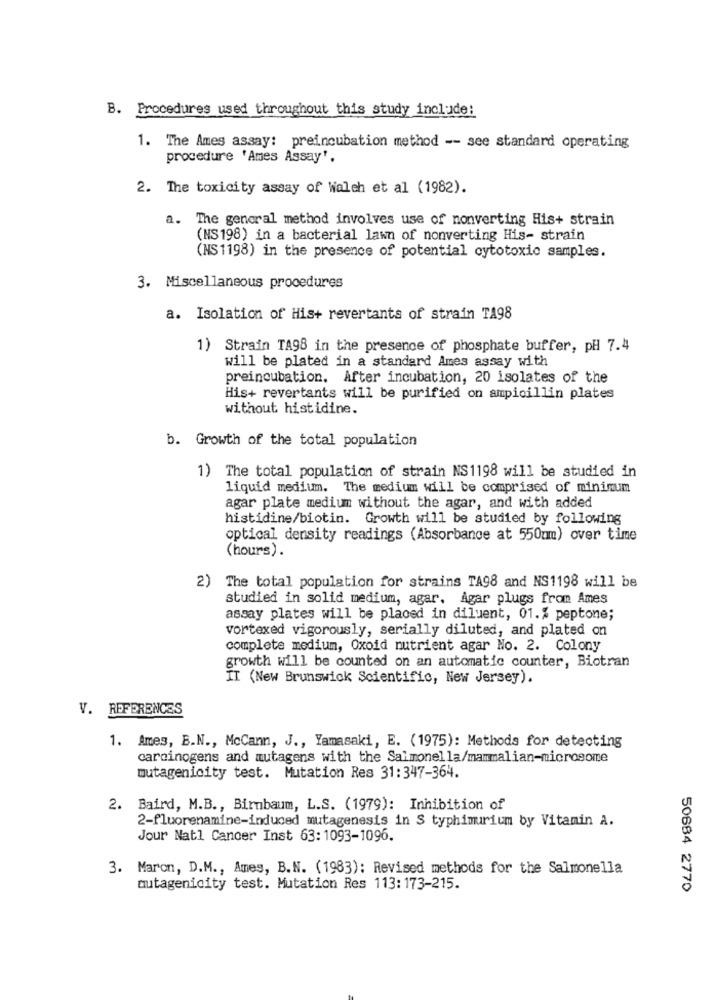
B. Procedures used throughout this study include:
1. The Ames assay: preincubation method -- see standard operating
procedure 'Ames Assay'.
2. The toxicity assay of Waleh et al (1982).
a. The general method involves use of nonverting His+ strain
(NS198) in a bacterial lawn of nonverting His- strain
(NS1198) in the presence of potential cytotoxic samples.
3. Miscellaneous procedures
a. Isolation of His+ revertants of strain TA98
1) Strain TA98 in the presence of phosphate buffer, pH 7.4
will be plated in a standard Ames assay with
preincubation. After incubation, 20 isolates of the
His+ revertants will be purified on ampicillin plates
without histidine.
b. Growth of the total population
1) The total population of strain NS1198 will be studied in
liquid medium. The medium will be comprised of minimum
agar plate medium without the agar, and with added
histidine/biotin. Growth will be studied by following
optical density readings (Absorbance at 550mm) over time
(hours) .
2) The total population for strains TA98 and NS1198 will be
studied in solid medium, agar. Agar plugs from Ames
assay plates will be placed in diluent, 01.% peptone;
vortexed vigorously, serially diluted, and plated on
complete medium, Oxoid nutrient agar No. 2. Colony
growth will be counted on an automatic counter, Biotran
II (New Brunswick Scientific, New Jersey).
V. REFERENCES
1. Ames, B.N ., McCann, J ., Yamasaki, E. (1975): Methods for detecting
carcinogens and mutagens with the Salmonella/mammalian-microsome
mutagenicity test. Mutation Res 31:347-364.
2. Baird, M.B ., Birnbaum, L.S. (1979): Inhibition of
2-fluorenamine-induced mutagenesis in S typhimurium by Vitamin A.
Jour Natl Cancer Inst 63: 1093-1096.
3. Maron, D.M ., Ames, B.N. (1983): Revised methods for the Salmonella
autagenicity test. Mutation Res 113: 173-215.
50684 2770